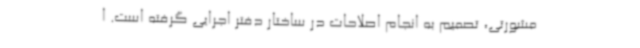
مشورتی، تصمیم به انجام اصلاحات در ساختار دفتر اجرایی گرفته است. ا